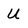
Character: U